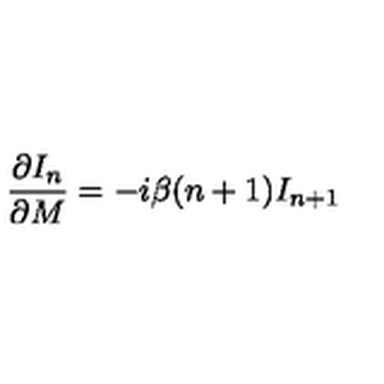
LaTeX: { \frac { \partial I _ { n } } { \partial M } } = - i \beta ( n + 1 ) I _ { n + 1 }